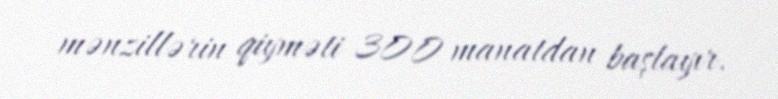
mənzillərin qiyməti 300 manatdan başlayır.